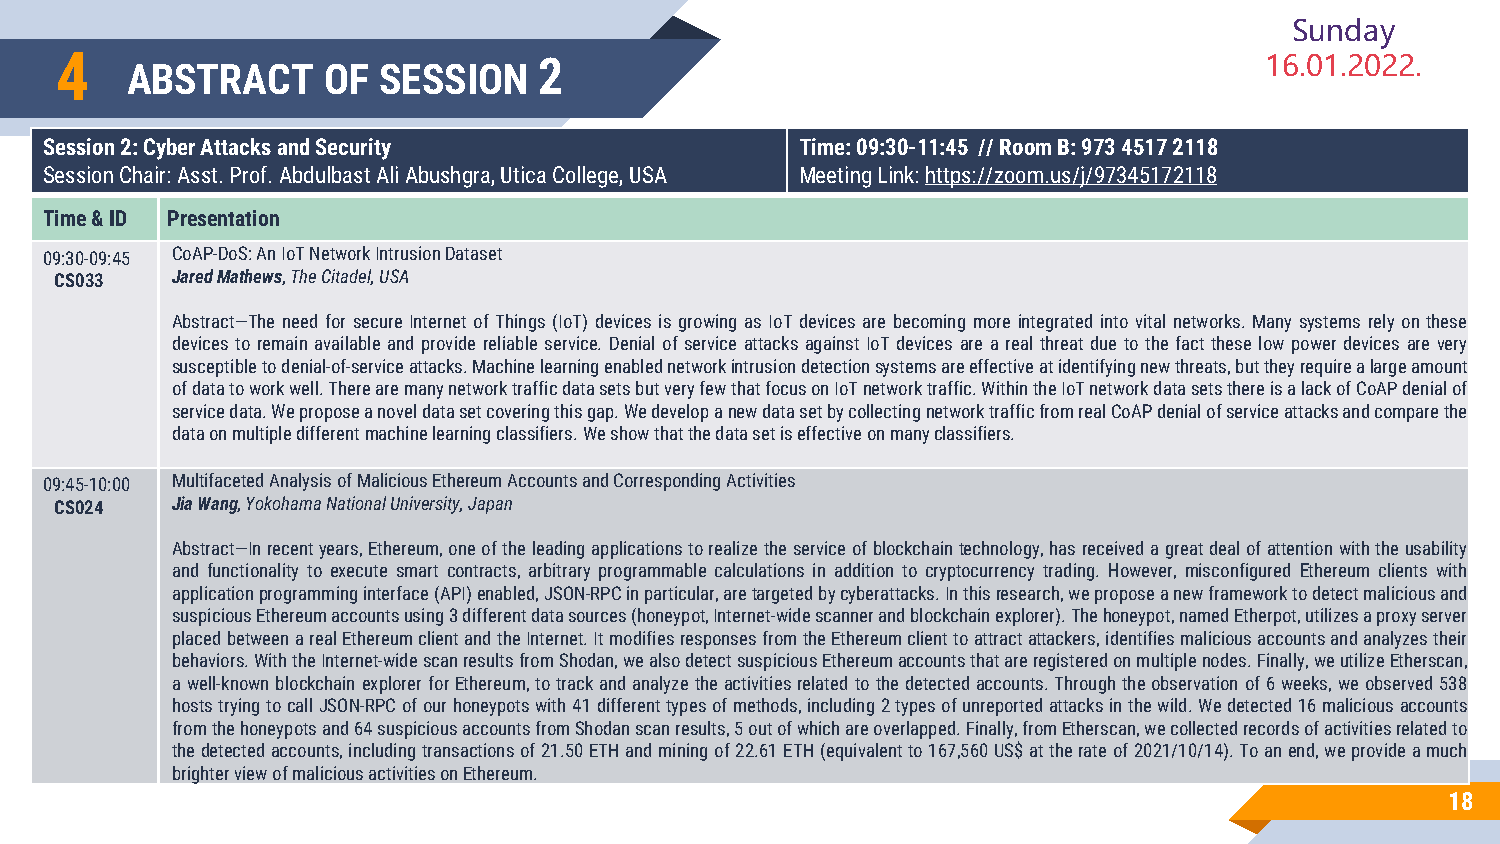
Sunday
 4                               2                                               16.01.2022.
 ABSTRACT     OF  SESSION
 Session 2: Cyber ​​Attacks and Security           Time: 09:30-11:45 // Room B: 973 4517 2118
 Session Chair: Asst. Prof. AbdulbastAli Abushgra, Utica College, USA Meeting Link: https://zoom.us/j/97345172118
 Time & ID Presentation
 09:30-09:45 CoAP-DoS:AnIoTNetworkIntrusionDataset
 CS033  JaredMathews,TheCitadel,USA
 Abstract—The need for secure Internet of Things (IoT) devices is growing as IoT devices are becoming more integrated into vital networks. Many systems rely on these
 devices to remain available and provide reliable service. Denial of service attacks against IoT devices are a real threat due to the fact these low power devices are very
 susceptibletodenial-of-serviceattacks.Machinelearningenablednetworkintrusiondetectionsystemsareeffectiveatidentifyingnewthreats,buttheyrequirealargeamount
 ofdatatoworkwell.TherearemanynetworktrafficdatasetsbutveryfewthatfocusonIoTnetworktraffic.WithintheIoTnetworkdatasetsthereisalackofCoAPdenialof
 servicedata.Weproposeanoveldatasetcoveringthisgap.WedevelopanewdatasetbycollectingnetworktrafficfromrealCoAPdenialofserviceattacksandcomparethe
 dataonmultipledifferentmachinelearningclassifiers.Weshowthatthedatasetiseffectiveonmanyclassifiers.
 09:45-10:00 Multifaceted Analysis of Malicious Ethereum Accounts and Corresponding Activities
 CS024  Jia Wang, Yokohama National University, Japan
 Abstract—Inrecentyears,Ethereum,oneoftheleadingapplicationstorealizetheserviceofblockchaintechnology,hasreceivedagreatdealofattentionwiththeusability
 and functionality to execute smart contracts, arbitrary programmable calculations in addition to cryptocurrency trading. However, misconfigured Ethereum clients with
 applicationprogramminginterface(API)enabled,JSON-RPCinparticular,aretargetedbycyberattacks.Inthisresearch,weproposeanewframeworktodetectmaliciousand
 suspiciousEthereumaccountsusing3differentdatasources(honeypot,Internet-widescannerandblockchainexplorer).Thehoneypot,namedEtherpot,utilizesaproxyserver
 placedbetweenarealEthereumclientandtheInternet.ItmodifiesresponsesfromtheEthereumclienttoattractattackers,identifiesmaliciousaccountsandanalyzestheir
 behaviors.WiththeInternet-widescanresultsfromShodan,wealsodetectsuspiciousEthereumaccountsthatareregisteredonmultiplenodes.Finally,weutilizeEtherscan,
 awell-knownblockchainexplorerforEthereum,totrackandanalyzetheactivitiesrelatedtothedetectedaccounts.Throughtheobservationof6weeks,weobserved538
 hoststryingtocallJSON-RPCofourhoneypotswith41differenttypesofmethods,including2typesofunreportedattacksinthewild.Wedetected16maliciousaccounts
 fromthehoneypotsand64suspiciousaccountsfromShodanscanresults,5outofwhichareoverlapped.Finally,fromEtherscan,wecollectedrecordsofactivitiesrelatedto
 thedetectedaccounts,includingtransactionsof21.50ETHandminingof22.61ETH(equivalentto167,560US$attherateof2021/10/14).Toanend,weprovideamuch
 brighterviewofmaliciousactivitiesonEthereum.
 18